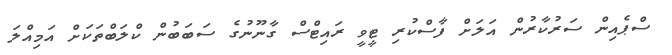
ސްޕެއިން ސަރުކާރުން އަލަށް ފާސްކުރި ޓީވީ ރައިޓްސް ގާނޫނުގެ ސަބަބުން ކްލަބްތަކަށް އަމިއްލަ